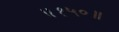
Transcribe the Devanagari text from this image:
॥१५०॥